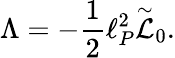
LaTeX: \Lambda=-{\frac{1}{2}}\ell_{P}^{2}\stackrel{\sim}{\cal L}_{0}.